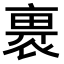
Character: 𧚽